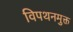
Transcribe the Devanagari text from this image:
विपथनमुक्त